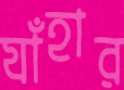
যাঁহার